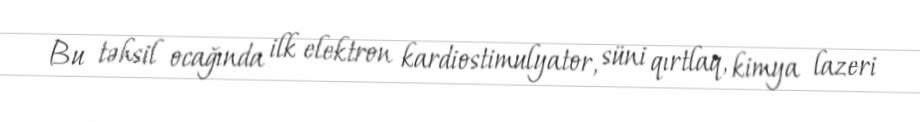
Bu təhsil ocağında ilk elektron kardiostimulyator, süni qırtlaq, kimya lazeri